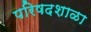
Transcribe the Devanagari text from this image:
परिषदशाळा